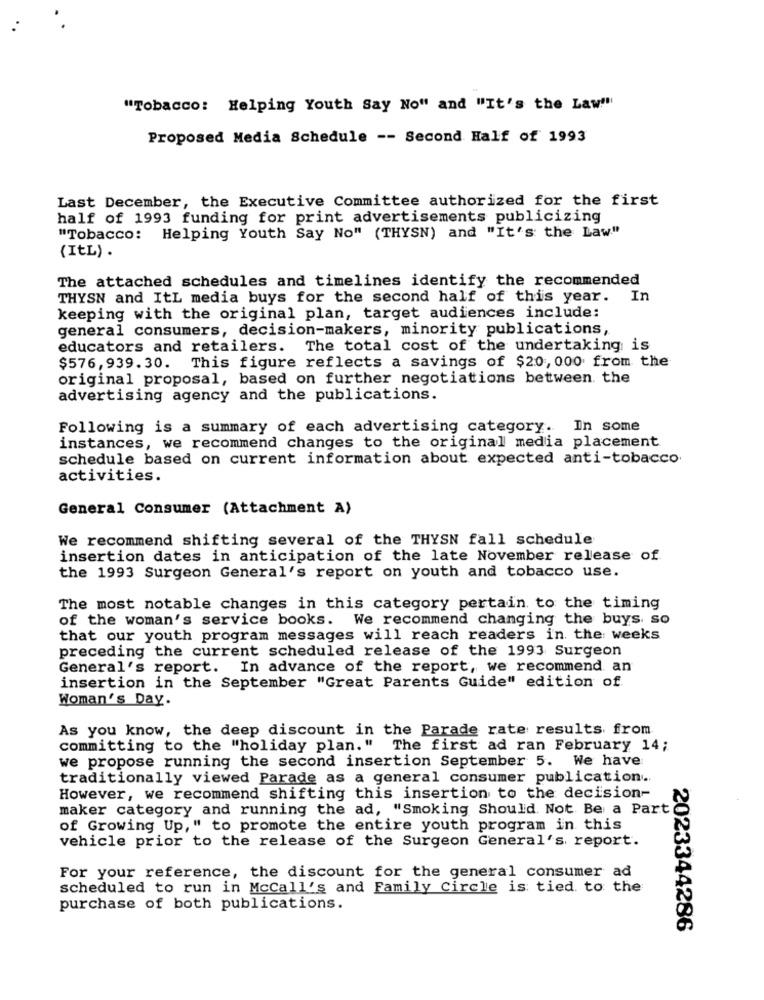
"Tobacco: Helping Youth Say No" and "It's the Law"
Proposed Media Schedule -- Second Half of 1993
Last December, the Executive Committee authorized for the first
half of 1993 funding for print advertisements publicizing
"Tobacco: Helping Youth Say No" (THYSN) and "It's the Law"
(ItL) .
The attached schedules and timelines identify the recommended
THYSN and ItL media buys for the second half of this year. In
keeping with the original plan, target audiences include:
general consumers, decision-makers, minority publications,
educators and retailers. The total cost of the undertaking is
$576, 939. 30. This figure reflects a savings of $20, 000 from the
original proposal, based on further negotiations between the
advertising agency and the publications.
Following is a summary of each advertising category. In some
instances, we recommend changes to the original media placement
schedule based on current information about expected anti-tobacco
activities.
General Consumer (Attachment A)
We recommend shifting several of the THYSN fall schedule
insertion dates in anticipation of the late November release of
the 1993 Surgeon General's report on youth and tobacco use.
The most notable changes in this category pertain to the timing
of the woman's service books. We recommend changing the buys. so
that our youth program messages will reach readers in the weeks
preceding the current scheduled release of the 1993 Surgeon
General's report. In advance of the report, we recommend an
insertion in the September "Great Parents Guide" edition of
Woman's Day.
As you know, the deep discount in the Parade rate results from
committing to the "holiday plan. "
The first ad ran February 14;
we propose running the second insertion September 5. We have
traditionally viewed Parade as a general consumer publication ..
However, we recommend shifting this insertion to the decision-
maker category and running the ad, "Smoking Should Not Be a Part
of Growing Up," to promote the entire youth program in this
vehicle prior to the release of the Surgeon General's report.
For your reference, the discount for the general consumer ad
scheduled to run in McCall's and Family Circle is tied to the
purchase of both publications.
2023344286